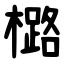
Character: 㯝